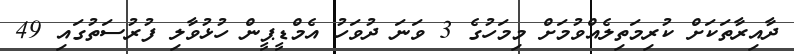
ދާއިރާތަކަށް ކުރިމަތިލެއްވުމަށް މިމަހުގެ 3 ވަނަ ދުވަހު އެމްޑީޕީން ހުޅުވާލި ފުރުސަތުގައި 49